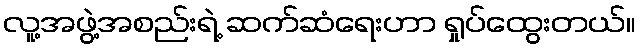
လူ့အဖွဲ့အစည်းရဲ့ ဆက်ဆံရေးဟာ ရှုပ်ထွေးတယ်။